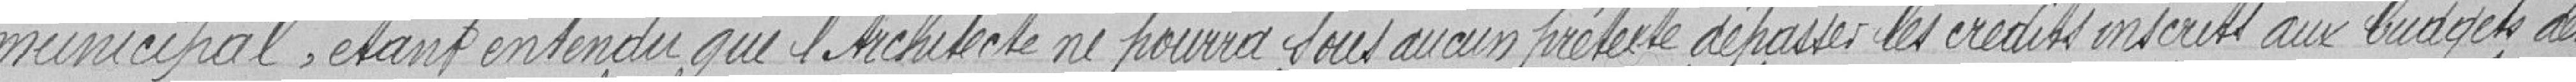
municipal, étant entendu que l'Architecte ne pourra sous aucun prétexte dépasser les crédits inscrits au budget des